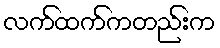
လက်ထက်ကတည်းက